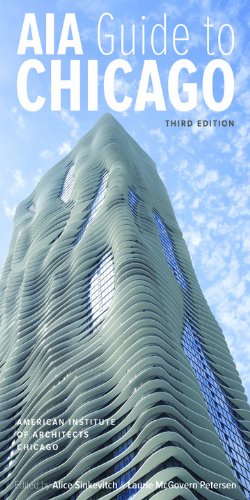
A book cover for AIA Guide to Chicago; American Institute of Architects Chicago; Arts & Photography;